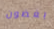
بغضون